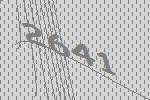
2641